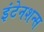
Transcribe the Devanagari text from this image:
इंटेनशन्स